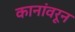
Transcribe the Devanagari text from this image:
कानांवरून